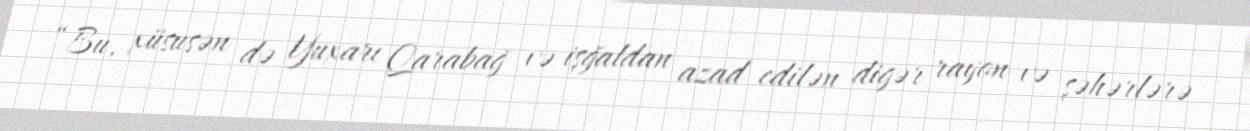
“Bu, xüsusən də Yuxarı Qarabağ və işğaldan azad edilən digər rayon və şəhərlərə